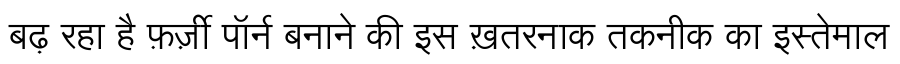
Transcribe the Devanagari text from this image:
बढ़ रहा है फ़र्ज़ी पॉर्न बनाने की इस ख़तरनाक तकनीक का इस्तेमाल